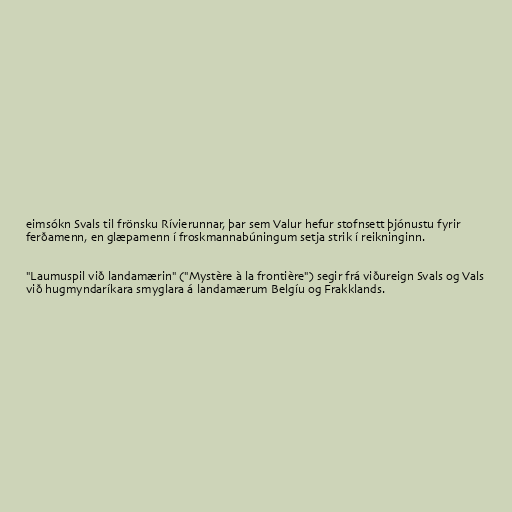
eimsókn Svals til frönsku Rívierunnar, þar sem Valur hefur stofnsett þjónustu fyrir
ferðamenn, en glæpamenn í froskmannabúningum setja strik í reikninginn.

"Laumuspil við landamærin" ("Mystère à la frontière") segir frá viðureign Svals og Vals
við hugmyndaríkara smyglara á landamærum Belgíu og Frakklands.